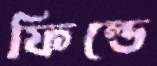
ফিল্ডে